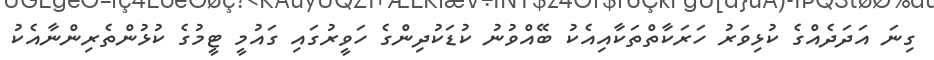
ގިނަ އަދަދެއްގެ ކުޅިވަރު ހަރަކާތްތަކާއިއެކު ބޭއްވުނު ކުޑަކުދިންގެ ހަވީރުގައި ގައުމީ ޓީމުގެ ކުޅުންތެރިންނާއެކު